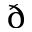
\eth